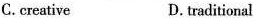
C.creative D.traditional